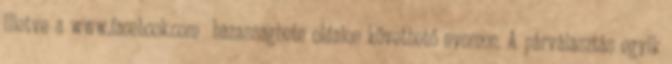
illetve a www.facebook.com hazassaghete oldalon követhető nyomon. A párválasztás egyik